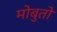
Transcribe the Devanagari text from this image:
मोबुतो